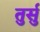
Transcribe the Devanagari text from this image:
तुर्सु